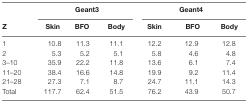
|  | <COLSPAN=3> Geant3 | <COLSPAN=3> Geant4 |
 | Z | Skin | BFO | Body | Skin | BFO | Body |
 | --- | --- | --- | --- | --- | --- | --- |
 | 1 | 10.8 | 11.3 | 11.1 | 12.2 | 12.9 | 12.8 |
 | 2 | 5.3 | 5.2 | 5.1 | 5.8 | 4.6 | 4.8 |
 | 3–10 | 35.9 | 22.2 | 11.8 | 13.6 | 6.1 | 7.4 |
 | 11–20 | 38.4 | 16.6 | 14.8 | 19.9 | 9.2 | 11.4 |
 | 21–28 | 27.3 | 7.1 | 8.7 | 24.7 | 11.1 | 14.3 |
 | Total | 117.7 | 62.4 | 51.5 | 76.2 | 43.9 | 50.7 |